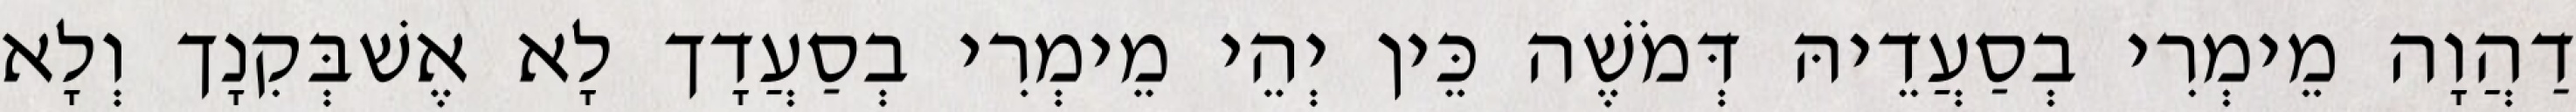
דַהֲוָה מֵימְרִי בְסַעֲדֵיהּ דְּמֹשֶׁה כֵּין יְהֵי מֵימְרִי בְסַעֲדָך לָא אֶשׁבְּקִנָך וְלָא